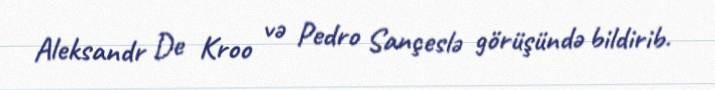
Aleksandr De Kroo və Pedro Sançeslə görüşündə bildirib.